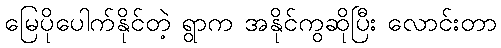
မြေပိုပေါက်နိုင်တဲ့ ရွာက အနိုင်ကွဆိုပြီး လောင်းတာ